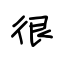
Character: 很